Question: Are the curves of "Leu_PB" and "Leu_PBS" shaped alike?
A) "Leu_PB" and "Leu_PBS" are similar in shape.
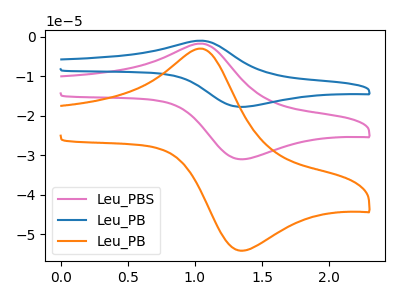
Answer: <think>The pink curve "Leu_PBS" has an anodic peak at (1.05V, -1.70uA) and a cathodic peak at (1.35V, -31.00uA). The blue curve "Leu_PB" has an anodic peak at (1.05V, -3.45uA) and a cathodic peak at (1.35V, -61.95uA). The orange curve "Leu_PB" has an anodic peak at (1.05V, -3.00uA) and a cathodic peak at (1.35V, -54.10uA).
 All the peaks in "Leu_PB" have a peak in "Leu_PBS" at the same potential.</think>
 <answer>A) "Leu_PB" and "Leu_PBS" are similar in shape.</answer>
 <eval>A</eval>